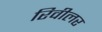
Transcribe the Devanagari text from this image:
रिवीलर